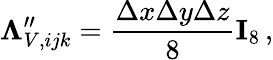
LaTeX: \mathbf\Lambda_{V,ijk}^{\prime\prime}=\frac{\Delta x\Delta y\Delta z}{8}\mathbf I_{8}\, ,